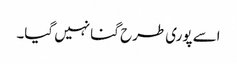
اسے پوری طرح گنا نہیں گیا۔